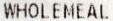
WHOLEMEAL